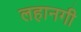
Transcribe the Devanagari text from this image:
लहानगी